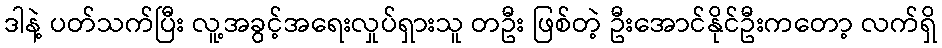
ဒါနဲ့ ပတ်သက်ပြီး လူ့အခွင့်အရေးလှုပ်ရှားသူ တဦး ဖြစ်တဲ့ ဦးအောင်နိုင်ဦးကတော့ လက်ရှိ